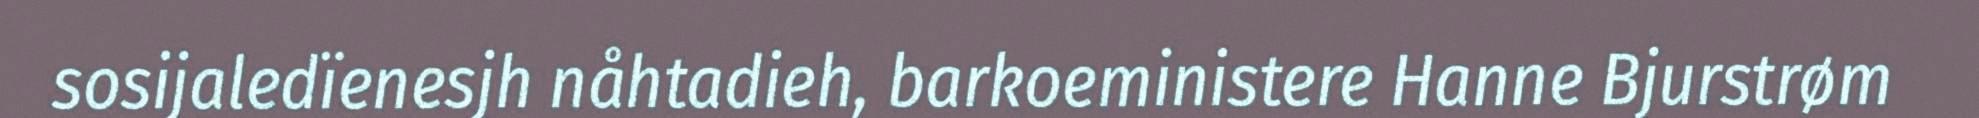
sosijaledïenesjh nåhtadieh, barkoeministere Hanne Bjurstrøm